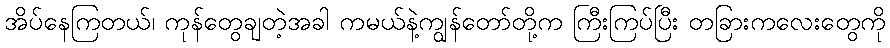
အိပ်နေကြတယ်၊ ကုန်တွေချတဲ့အခါ ကမယ်နဲ့ကျွန်တော်တို့က ကြီးကြပ်ပြီး တခြားကလေးတွေကို